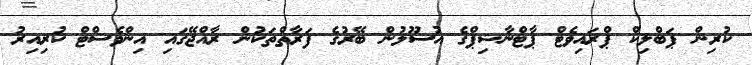
ކުރިން ޕަބްލިކް ޕްރައިވެޓް ޕާޓްނާޝިޕްގެ އުސޫލުން ބޭރުގެ ފަރާތްތަކުން ރާއްޖޭގައި އިންވެސްޓް ކުރިއިރު